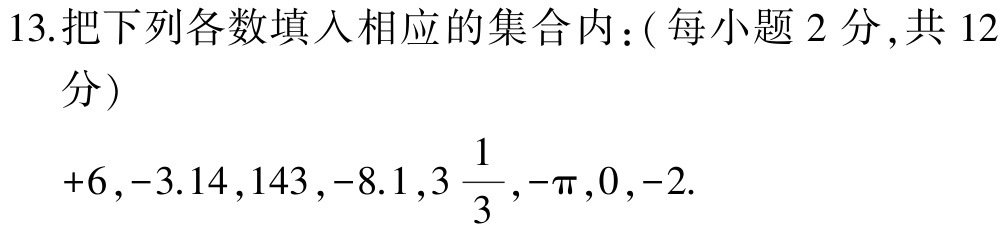
13.把下列各数填入相应的集合内：( 每小题 2 分 ,共 12分)
$+6,-3.14,143,-8.1,3\frac{1}{3},-\pi,0,-2.$